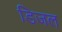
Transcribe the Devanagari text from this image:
डिजल